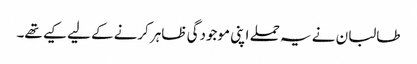
طالبان نے یہ حملے اپنی موجودگی ظاہر کرنےکے لیے کیے تھے۔